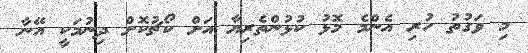
މި ވަގުތު ހުރި އެންމެ މޮޅު ކުޅުންތެރިޔާ އަށް ކޯޗުކޮށް ދިނުމަކީ އޭނާ